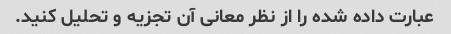
عبارت داده شده را از نظر معانی آن تجزیه و تحلیل کنید.